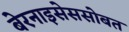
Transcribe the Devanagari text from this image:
बेरनाइसेससोबत